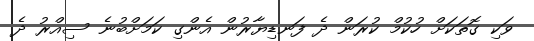
ވަކި ގޮތަކަށް ހުކުމް ކުރަން ދެ ފަނޑިޔާރުން އެންގި ކަމަށްބުނެ ސިއްރު ދެ